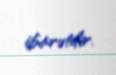
ibarətdir.